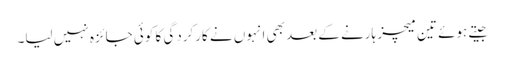
جیتے ہوئے تین میچز ہارنے کے بعد بھی انہوں نے کارکردگی کا کوئی جائزہ نہیں لیا۔